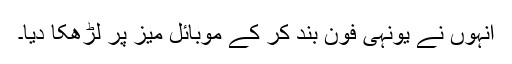
انہوں نے یونہی فون بند کر کے موبائل میز پر لڑھکا دیا۔